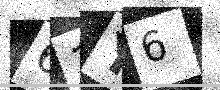
Text: 61Y6